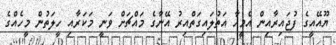
ޔޫއޭއީގެ ފުޖައިރާއިން އެމީހާ އަތުލައިގަތްއިރު އޭނާގެ މައްޗަށް ވަނީ މަކަރާއި ހީލަތުން މީހެއްގެ